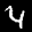
Label: 4